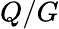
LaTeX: Q/G